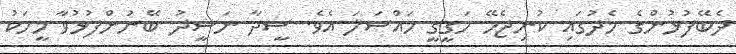
ދެބޭފުޅުންގެ މެދުގައި ކުނިޖެހޭ ހަގީގީ މައްސަލަ އެވެ. ސީދާ ނަޝީދު ބޭނުންފުޅުވާ މީހަކު